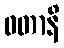
ဝတာနိ